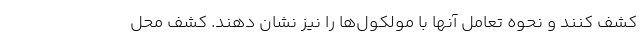
کشف کنند و نحوه تعامل آنها با مولکول‌ها را نیز نشان دهند. کشف محل